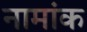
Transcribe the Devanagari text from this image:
नामांक